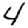
Digit: 4